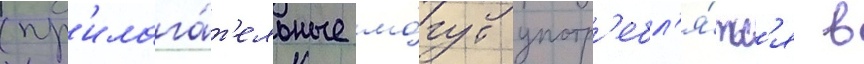
(пр'илага́т'ельные мо́гут употр'ебл'я́тьс'я в